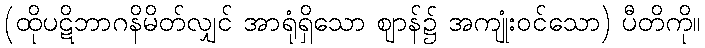
(ထိုပဋိဘာဂနိမိတ်လျှင် အာရုံရှိသော ဈာန်၌ အကျုံးဝင်သော) ပီတိကို။